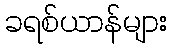
ခရစ်ယာန်များ